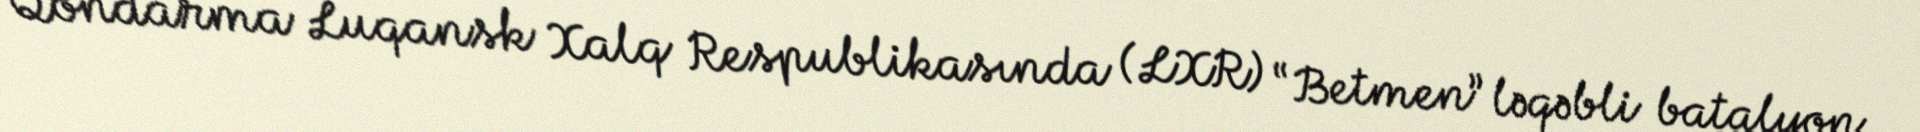
Qondarma Luqansk Xalq Respublikasında (LXR) “Betmen” ləqəbli batalyon